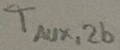
Text: TAUX,2b